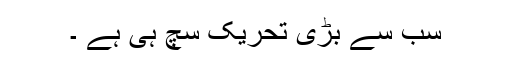
سب سے بڑی تحریک سچ ہی ہے ۔